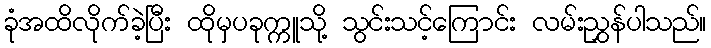
ခုံအထိလိုက်ခဲ့ပြီး ထိုမှပခုက္ကူသို့ သွင်းသင့်ကြောင်း လမ်းညွှန်ပါသည်။